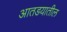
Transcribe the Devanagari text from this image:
आतडयातील